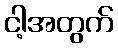
ငါ့အတွက်